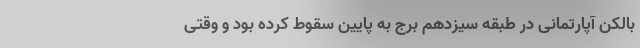
بالکن آپارتمانی در طبقه سیزدهم برج به پایین سقوط کرده بود و وقتی